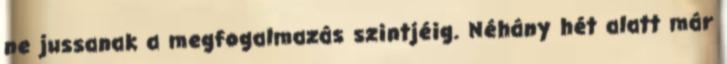
ne jussanak a megfogalmazás szintjéig. Néhány hét alatt már